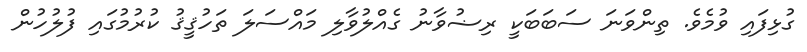
ގުޅިފައި ވުމެވެ. ތިންވަނަ ސަބަބަކީ ރިޟުވާނު ގެއްލުވާލި މައްސަލަ ތަހުޤީޤު ކުރުމުގައި ފުލުހުން